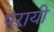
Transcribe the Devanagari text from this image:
परायी